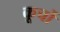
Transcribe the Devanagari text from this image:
कूर्चो